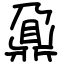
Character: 鼐